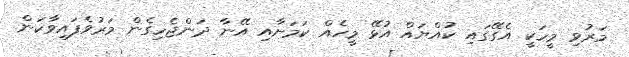
މަރުވި މީހަކީ އެގޭގައި ކުއްޔައް އުޅޭ މީހެއް ކަމަށާއި އޭނާ ދަންޖެހިގެން މަރުވެފައިވާކަން